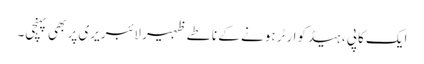
ایک کاپی ، ہیڈکوارٹر ہونے کے ناطے ظہیر لائبریری پر بھی پہنچی۔